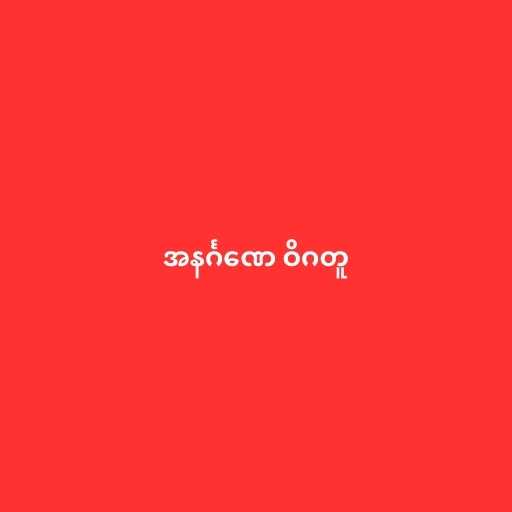
အနင်္ဂဏေ ဝိဂတူ